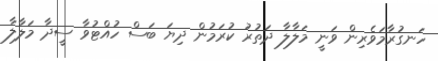
ހަނގުރާމަވެރިން ވަނީ މަލާލާ ދަތުރު ކުރަމުން ދިޔަ ބަސް ހުއްޓުވާ ސީދާ މަލާލާ